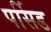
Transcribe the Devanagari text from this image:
पर्सिड